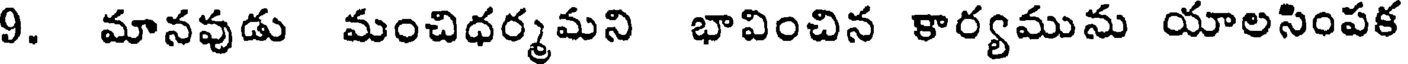
9. మానవుడు మంచిధర్మమని భావించిన కార్యమును యాలసింపక